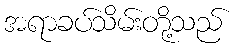
အရာခပ်သိမ်းတို့သည်